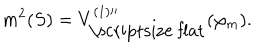
LaTeX: m ^ { 2 } ( S ) = V _ { \mathrm { \scriptsize ~ f l a t } } ^ { ( 1 ) \prime \prime } ( \varphi _ { m } ) .